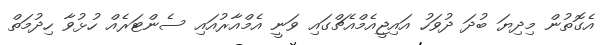
އެގޮތުން މިދިޔަ ބުދަ ދުވަހު އައިޖީއެމްއެޗްގައި ވަނީ އެމްއާރުއައި ސެންޓަރެއް ހުޅުވާ ހިދުމަތް